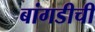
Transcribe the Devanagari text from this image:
बांगडीची